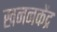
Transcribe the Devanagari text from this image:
खननकेंद्र